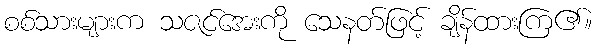
စစ်သားများက သဇင်အေးကို သေနတ်ဖြင့် ချိန်ထားကြ၏။